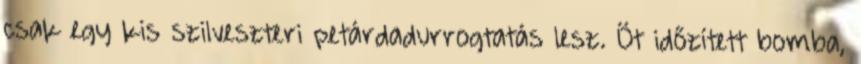
csak egy kis szilveszteri petárdadurrogtatás lesz. Öt időzített bomba,